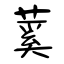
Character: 蒵